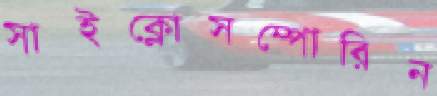
সাইক্লোসম্পোরিন